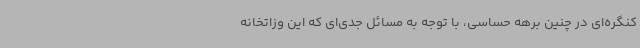
کنگره‌ای در چنین برهه حساسی، با توجه به مسائل جدی‌ای که این وزاتخانه